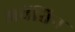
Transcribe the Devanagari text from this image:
अवेंतिन